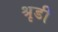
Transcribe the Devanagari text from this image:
श्रृडी